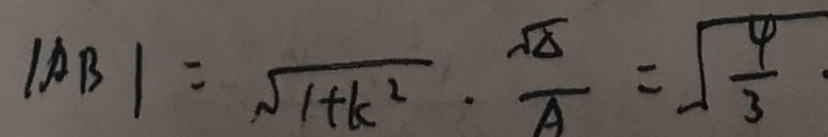
1 A B / = \sqrt { 1 + k ^ { 2 } } . \frac { \sqrt { \Delta } } { A } = \sqrt { \frac { 4 } { 3 } }